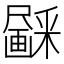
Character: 𱱃